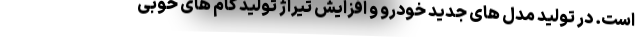
است. در تولید مدل های جدید خودرو و افزایش تیراژ تولید گام های خوبی